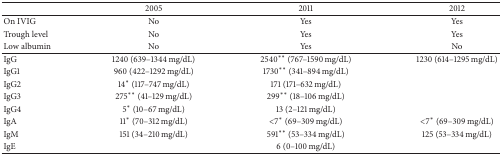
<table><thead><tr><td><b> </b></td><td><b>2005 </b></td><td><b>2011 </b></td><td><b>2012 </b></td></tr></thead><tbody><tr><td>On IVIG</td><td>No </td><td>Yes </td><td>Yes </td></tr><tr><td>Trough level </td><td>No </td><td>Yes </td><td>Yes </td></tr><tr><td>Low albumin</td><td>No </td><td>Yes </td><td>No </td></tr><tr><td>IgG </td><td>1240 (639–1344 mg/dL) </td><td>2540∗∗ (767–1590 mg/dL) </td><td>1230 (614–1295 mg/dL) </td></tr><tr><td>IgG1 </td><td>960 (422–1292 mg/dL) </td><td>1730∗∗ (341–894 mg/dL) </td><td> </td></tr><tr><td>IgG2 </td><td>14∗ (117–747 mg/dL) </td><td>171 (171–632 mg/dL) </td><td> </td></tr><tr><td>IgG3 </td><td>275∗∗ (41–129 mg/dL) </td><td>299∗∗ (18–106 mg/dL) </td><td> </td></tr><tr><td>IgG4 </td><td>5∗ (10–67 mg/dL) </td><td>13 (2–121 mg/dL) </td><td> </td></tr><tr><td>IgA </td><td>11∗ (70–312 mg/dL) </td><td>&lt;7∗ (69–309 mg/dL) </td><td>&lt;7∗ (69–309 mg/dL) </td></tr><tr><td>IgM </td><td>151 (34–210 mg/dL) </td><td>591∗∗ (53–334 mg/dL) </td><td>125 (53–334 mg/dL) </td></tr><tr><td>IgE </td><td> </td><td>6 (0–100 mg/dL) </td><td> </td></tr></tbody></table>